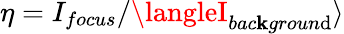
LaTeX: \eta=I_{focus}/\langleI_{bac\mathbf{k}groun\mathrm{d}}\rangle